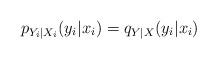
LaTeX: \begin{align*}p_{Y_i|X_i}(y_i|x_i) = q_{Y|X}(y_i|x_i) \end{align*}